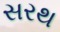
સરથ